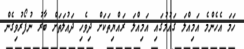
ހަމަ އެހެންމެ އަމިއްލަ ގައުމުގައި އަމިއްލަ ރައްޔިތަކަށް ދިވެހި ދައުލަތަށް ބާރު ނުފޯރުވިގެން